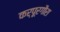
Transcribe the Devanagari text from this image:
कर्पूरगौरा